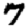
Digit: 7